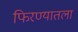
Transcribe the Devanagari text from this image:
फिरण्यातला